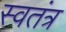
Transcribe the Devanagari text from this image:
स्वतंत्र